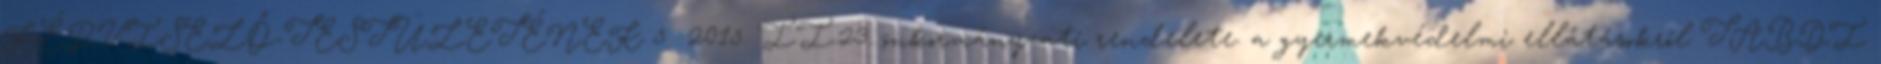
KÉPVISELŐ-TESTÜLETÉNEK 5 2015. II.23. önkormányzati rendelete. a gyermekvédelmi ellátásokról TABDI